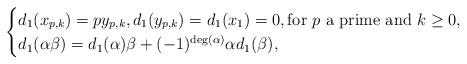
LaTeX: \begin{align*}\begin{cases}d_1(x_{p,k})=py_{p,k}, d_1(y_{p,k})=d_1(x_1)=0,\textrm{for $p$ a prime and }k\geq 0,\\d_1(\alpha\beta)=d_1(\alpha)\beta+(-1)^{\operatorname{deg}(\alpha)}\alpha d_1(\beta),\end{cases}\end{align*}